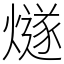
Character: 燧